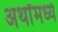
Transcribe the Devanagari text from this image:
अर्थांमध्ये